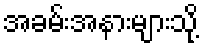
အခမ်းအနားများသို့